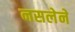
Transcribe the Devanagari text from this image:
नसलेने